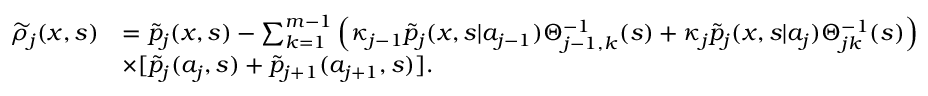
\begin{array} { r l } { \widetilde { \rho } _ { j } ( x , s ) } & { = \widetilde { p } _ { j } ( x , s ) - \sum _ { k = 1 } ^ { m - 1 } \left( \kappa _ { j - 1 } \widetilde { p } _ { j } ( x , s | a _ { j - 1 } ) \Theta _ { j - 1 , k } ^ { - 1 } ( s ) + \kappa _ { j } \widetilde { p } _ { j } ( x , s | a _ { j } ) \Theta _ { j k } ^ { - 1 } ( s ) \right) } \\ & { \times [ \widetilde { p } _ { j } ( a _ { j } , s ) + \widetilde { p } _ { j + 1 } ( a _ { j + 1 } , s ) ] . } \end{array}